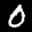
Label: 0